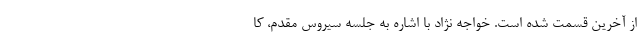
از آخرین قسمت شده است. خواجه نژاد با اشاره به جلسه سیروس مقدم، کا